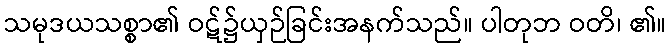
သမုဒယသစ္စာ၏ ဝဋ်၌ယှဉ်ခြင်းအနက်သည်။ ပါတုဘ ဝတိ၊ ၏။